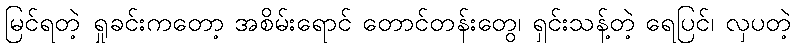
မြင်ရတဲ့ ရှုခင်းကတော့ အစိမ်းရောင် တောင်တန်းတွေ၊ ရှင်းသန့်တဲ့ ရေပြင်၊ လှပတဲ့